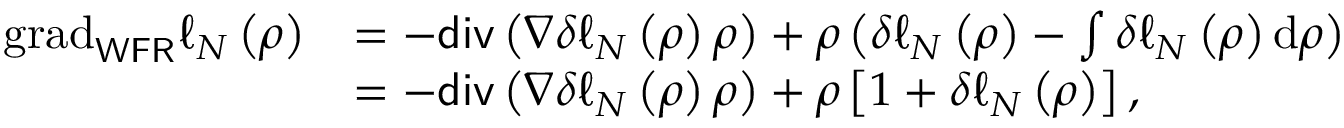
\begin{array} { r l } { \mathrm { g r a d } _ { \mathsf { W F R } } \ell _ { N } \left( \rho \right) } & { = - \mathsf { d i v } \left( \nabla \delta \ell _ { N } \left( \rho \right) \rho \right) + \rho \left( \delta \ell _ { N } \left( \rho \right) - \int \delta \ell _ { N } \left( \rho \right) \mathrm { d } \rho \right) } \\ & { = - \mathsf { d i v } \left( \nabla \delta \ell _ { N } \left( \rho \right) \rho \right) + \rho \left[ 1 + \delta \ell _ { N } \left( \rho \right) \right] , } \end{array}